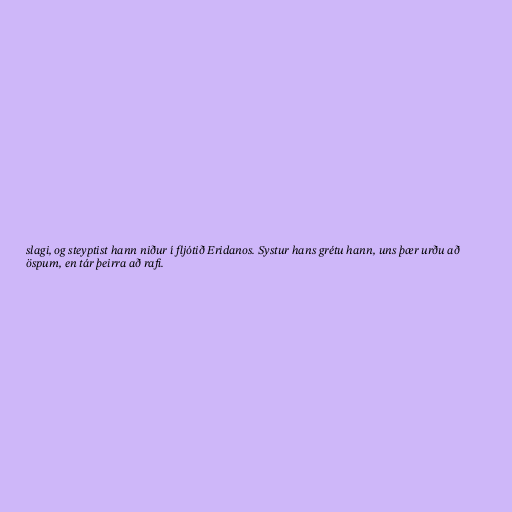
slagi, og steyptist hann niður í fljótið Eridanos. Systur hans grétu hann, uns þær urðu að
öspum, en tár þeirra að rafi.